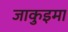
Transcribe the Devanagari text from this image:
जाकुइमा